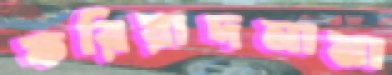
ফরিয়াদনামা